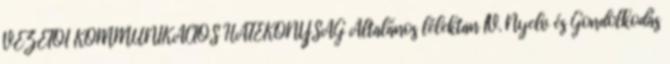
VEZETŐI KOMMUNIKÁCIÓS HATÉKONYSÁG Általános lélektan IV. Nyelv és Gondolkodás